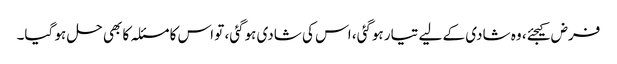
فرض کیجئے، وہ شادی کے لیے تیار ہوگئی، اس کی شادی ہوگئی، تو اس کا مسئلہ کا بھی حل ہو گیا۔